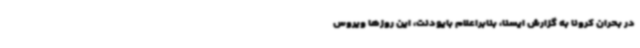
در بحران کرونا به گزارش ایسنا، بنابراعلام بایودنت، این روزها ویروس